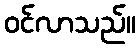
ဝင်လာသည်။